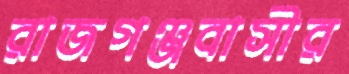
রাজগঞ্জবাসীর